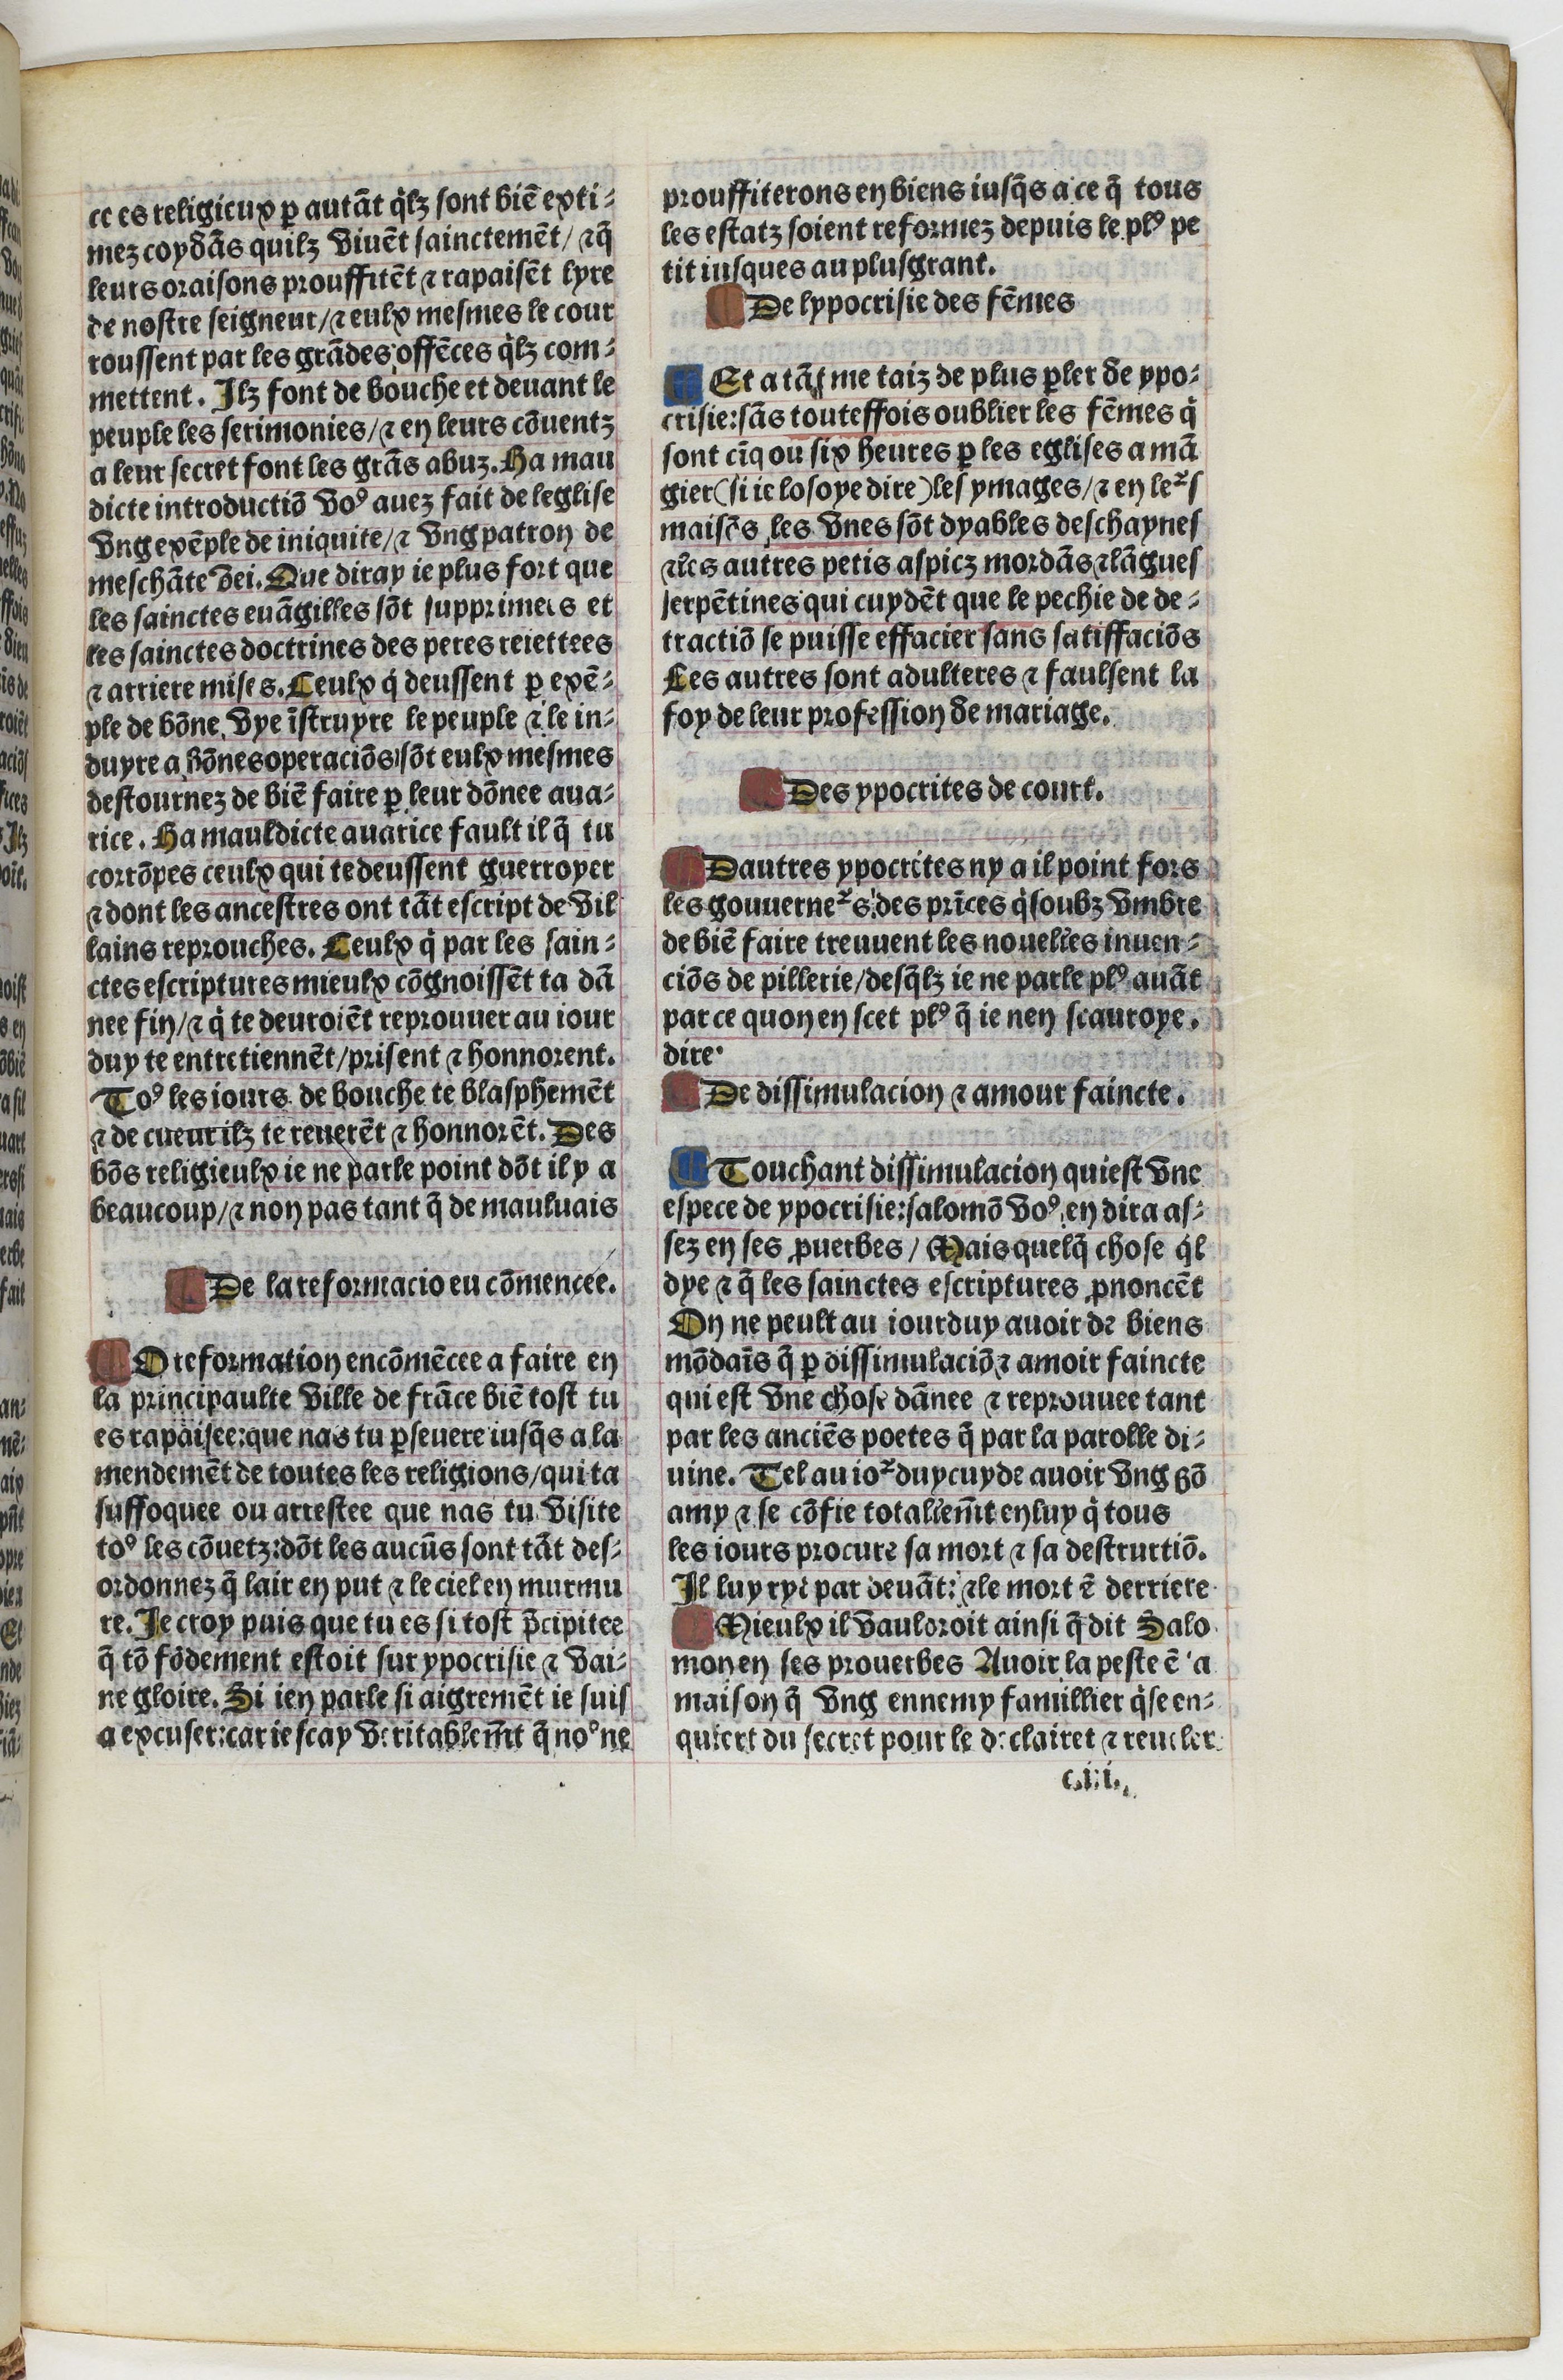
Shelfmark: Paris, BnF, Velins 1103
Century: 16